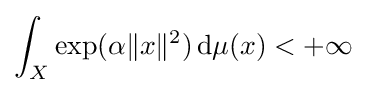
\int _{X}\exp(\alpha \|x\|^{2})\,\mathrm {d} \mu (x)<+\infty